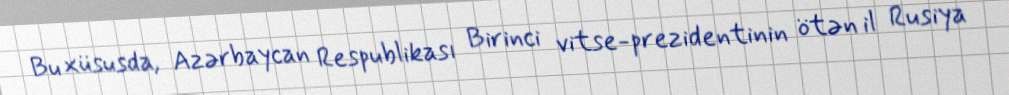
Bu xüsusda, Azərbaycan Respublikası Birinci vitse-prezidentinin ötən il Rusiya